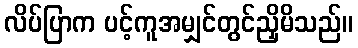
လိပ်ပြာက ပင့်ကူအမျှင်တွင်ညှိမိသည်။